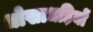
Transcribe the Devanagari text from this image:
धोखाधड़ियों